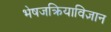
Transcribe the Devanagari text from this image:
भेषजक्रियाविज्ञान